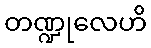
တဏ္ဍုလေဟိ